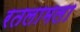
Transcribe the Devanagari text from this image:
रतलामला